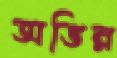
অভিন্ন